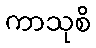
ကာသုစိ